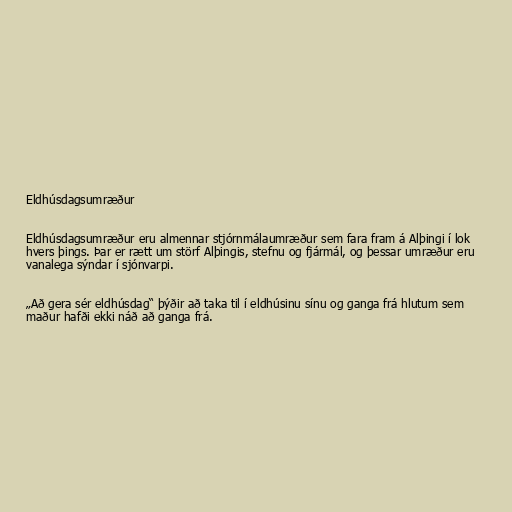
Eldhúsdagsumræður

Eldhúsdagsumræður eru almennar stjórnmálaumræður sem fara fram á Alþingi í lok
hvers þings. Þar er rætt um störf Alþingis, stefnu og fjármál, og þessar umræður eru
vanalega sýndar í sjónvarpi.

„Að gera sér eldhúsdag“ þýðir að taka til í eldhúsinu sínu og ganga frá hlutum sem
maður hafði ekki náð að ganga frá.